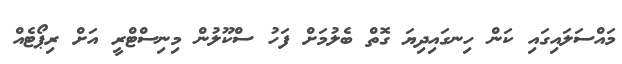
މައްސަލައިގައި ކަން ހިނގައިދިޔަ ގޮތް ބެލުމަށް ފަހު ސްކޫލުން މިނިސްޓްރީ އަށް ރިޕޯޓެއް